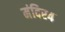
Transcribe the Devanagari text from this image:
मंदिर४